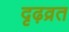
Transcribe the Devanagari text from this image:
दृढ़व्रत